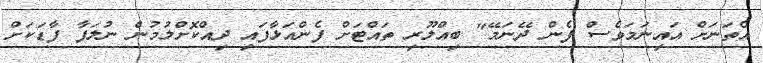
އެތަނަށް އައިނަމަވެސް ފެން ދޭނަމޭ" ބިއްލޫރި ތައްޓަށް ފެންއަޅާފައި ދިއްކޮށްލުމުން ނުލަފާ ފާޑަކަށް